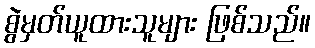
စွဲမှတ်ယူထားသူများ ဖြစ်သည်။